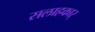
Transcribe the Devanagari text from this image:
सलाहकार्